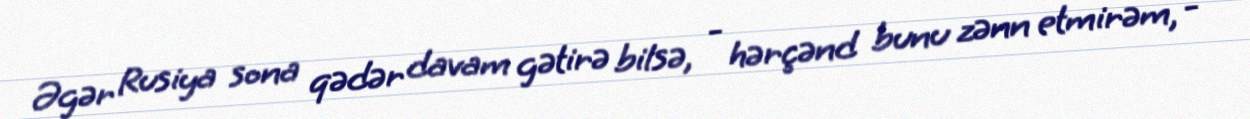
Əgər Rusiya sona qədər davam gətirə bilsə, - hərçənd bunu zənn etmirəm, -